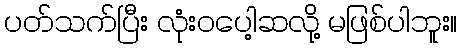
ပတ်သက်ပြီး လုံးဝပေါ့ဆလို့ မဖြစ်ပါဘူး။